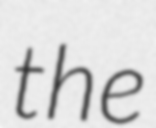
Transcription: the